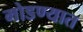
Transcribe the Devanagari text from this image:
मोडण्यात